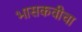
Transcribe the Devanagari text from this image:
भासकवीचा